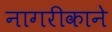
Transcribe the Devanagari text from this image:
नागरीकाने